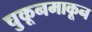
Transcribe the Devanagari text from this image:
चुकूनमाकून